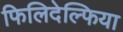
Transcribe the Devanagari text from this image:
फिलिदेल्फिया